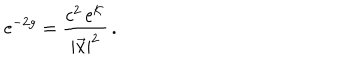
\mathrm { e } ^ { - 2 g } = { \frac { c ^ { 2 } \, \mathrm { e } ^ { { \cal K } } } { | \vec { x } | ^ { 2 } } } \, .